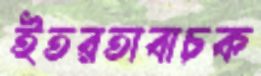
ইতরতাবাচক